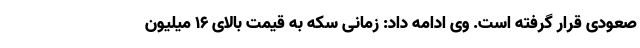
صعودی قرار گرفته است. وی ادامه داد: زمانی سکه به قیمت بالای ۱۶ میلیون